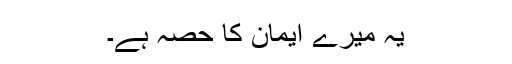
یہ میرے ایمان کا حصہ ہے۔